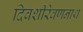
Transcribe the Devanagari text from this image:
दिवशीरेवणनाथ